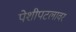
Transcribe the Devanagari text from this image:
पेशीपटलावर